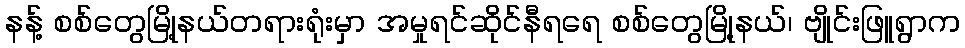
နန့် စစ်တွေမြို့နယ်တရားရုံးမှာ အမှုရင်ဆိုင်နီရရေ စစ်တွေမြို့နယ်၊ ဗျိုင်းဖြူရွာက